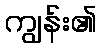
ကျွန်း၏